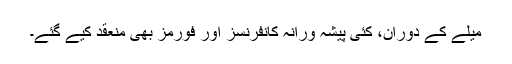
میلے کے دوران، کئی پیشہ ورانہ کانفرنسز اور فورمز بھی منعقد کیے گئے۔